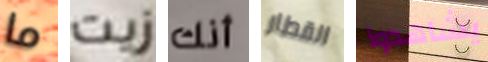
ما زيت أنك القطار يشاهدوا